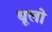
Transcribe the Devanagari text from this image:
धूलो